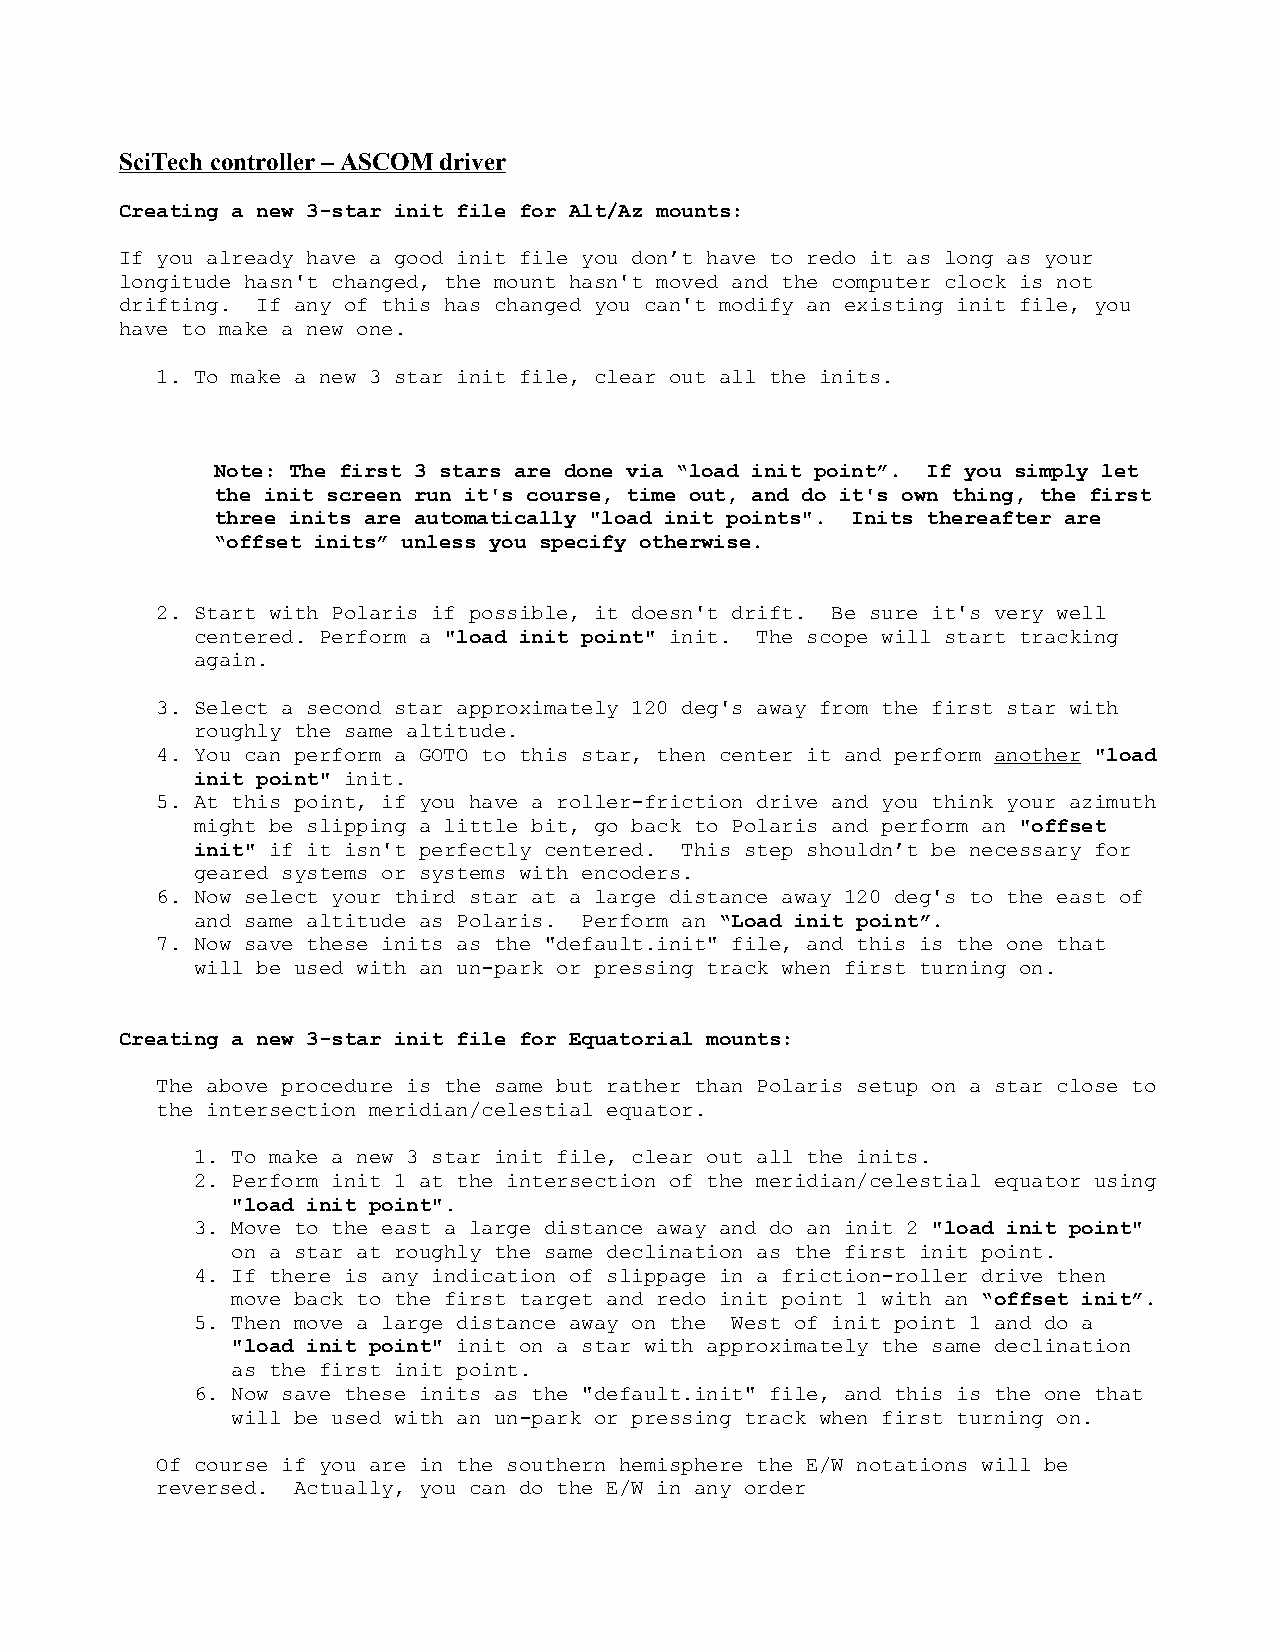
SciTech controller – ASCOM driver
 Creating a new 3-star init file for Alt/Az mounts:
 If you already have a good init file you don’t have to redo it as long as your
 longitude hasn't changed, the mount hasn't moved and the computer clock is not
 drifting. If any of this has changed you can't modify an existing init file, you
 have to make a new one.
 1. To make a new 3 star init file, clear out all the inits.
 Note: The first 3 stars are done via “load init point”. If you simply let
 the init screen run it's course, time out, and do it's own thing, the first
 three inits are automatically "load init points". Inits thereafter are
 “offset inits” unless you specify otherwise.
 2. Start with Polaris if possible, it doesn't drift. Be sure it's very well
 centered. Perform a "load init point" init. The scope will start tracking
 again.
 3. Select a second star approximately 120 deg's away from the first star with
 roughly the same altitude.
 4. You can perform a GOTO to this star, then center it and perform another "load
 init point" init.
 5. At this point, if you have a roller-friction drive and you think your azimuth
 might be slipping a little bit, go back to Polaris and perform an "offset
 init" if it isn't perfectly centered. This step shouldn’t be necessary for
 geared systems or systems with encoders.
 6. Now select your third star at a large distance away 120 deg's to the east of
 and same altitude as Polaris. Perform an “Load init point”.
 7. Now save these inits as the "default.init" file, and this is the one that
 will be used with an un-park or pressing track when first turning on.
 Creating a new 3-star init file for Equatorial mounts:
 The above procedure is the same but rather than Polaris setup on a star close to
 the intersection meridian/celestial equator.
 1. To make a new 3 star init file, clear out all the inits.
 2. Perform init 1 at the intersection of the meridian/celestial equator using
 "load init point".
 3. Move to the east a large distance away and do an init 2 "load init point"
 on a star at roughly the same declination as the first init point.
 4. If there is any indication of slippage in a friction-roller drive then
 move back to the first target and redo init point 1 with an “offset init”.
 5. Then move a large distance away on the West of init point 1 and do a
 "load init point" init on a star with approximately the same declination
 as the first init point.
 6. Now save these inits as the "default.init" file, and this is the one that
 will be used with an un-park or pressing track when first turning on.
 Of course if you are in the southern hemisphere the E/W notations will be
 reversed. Actually, you can do the E/W in any order